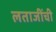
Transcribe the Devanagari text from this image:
लताजींची